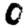
Digit: 0